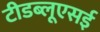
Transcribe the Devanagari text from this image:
टीडब्लूएसई